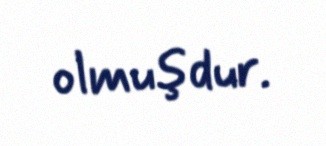
olmuşdur.